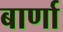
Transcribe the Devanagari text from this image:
बार्णा